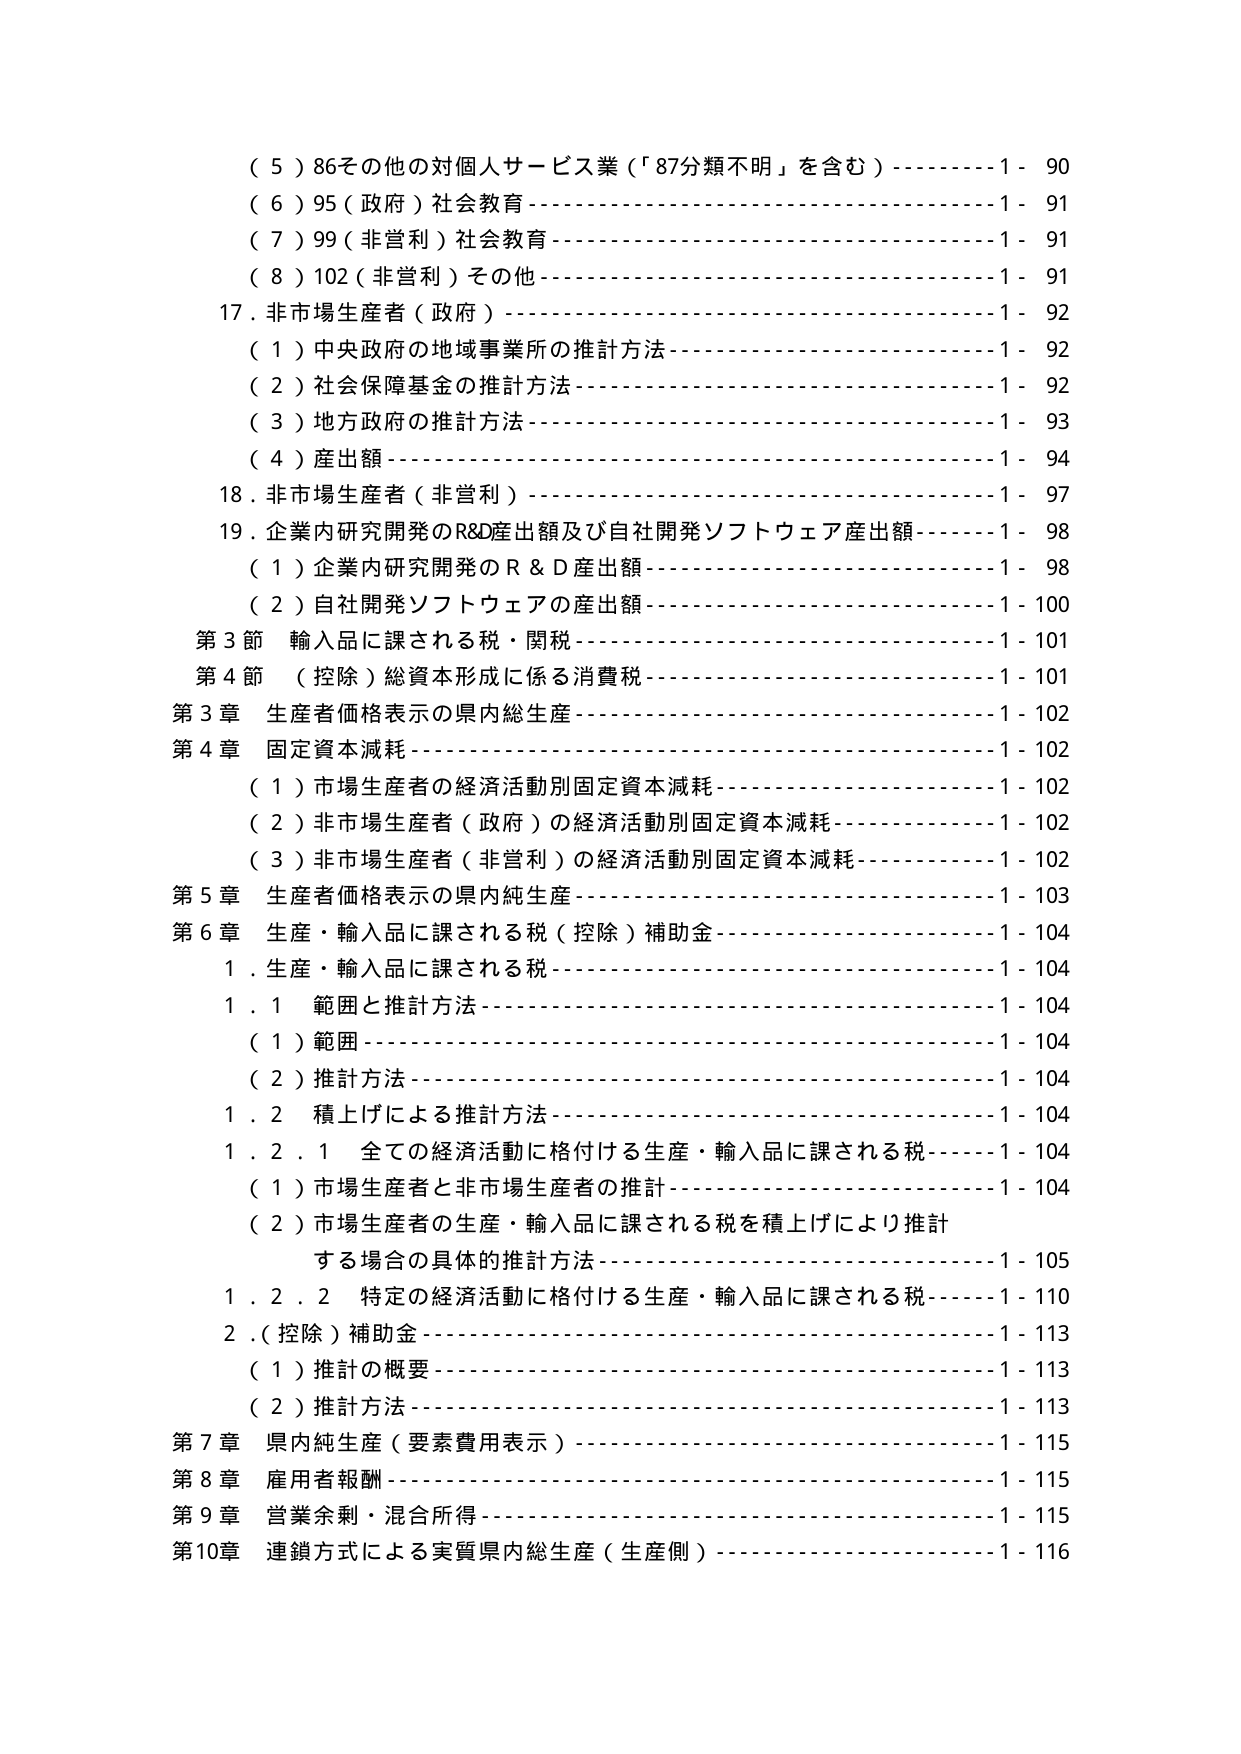
（５）86その他の対個人サービス業（「87分類不明」を含む）----------1- 90
（６）95（政府）社会教育------------------------------------------1- 91
（７）99（非営利）社会教育----------------------------------------1- 91
（８）102（非営利）その他-----------------------------------------1- 91
17．非市場生産者（政府）------------------------------------------1- 92
　（１）中央政府の地域事業所の推計方法-----------------------------1- 92
　（２）社会保障基金の推計方法-------------------------------------1- 92
　（３）地方政府の推計方法-----------------------------------------1- 93
　（４）産出額----------------------------------------------------1- 94
18．非市場生産者（非営利）----------------------------------------1- 97
19．企業内研究開発のR&D産出額及び自社開発ソフトウェア産出額------1- 98
　（１）企業内研究開発のＲ＆Ｄ産出額------------------------------1- 98
　（２）自社開発ソフトウェアの産出額------------------------------1-100
第３節　輸入品に課される税・関税----------------------------------1-101
第４節　（控除）総資本形成に係る消費税-----------------------------1-101
第３章　生産者価格表示の県内総生産---------------------------------1-102
第４章　固定資本減耗----------------------------------------------1-102
　（１）市場生産者の経済活動別固定資本減耗-------------------------1-102
　（２）非市場生産者（政府）の経済活動別固定資本減耗---------------1-102
　（３）非市場生産者（非営利）の経済活動別固定資本減耗-------------1-102
第５章　生産者価格表示の県内純生産---------------------------------1-103
第６章　生産・輸入品に課される税（控除）補助金---------------------1-104
　１．生産・輸入品に課される税------------------------------------1-104
　　１．１　範囲と推計方法----------------------------------------1-104
　　　（１）範囲--------------------------------------------------1-104
　　　（２）推計方法----------------------------------------------1-104
　　１．２　積上げによる推計方法----------------------------------1-104
　　　１．２．１　全ての経済活動に格付ける生産・輸入品に課される税--1-104
　　　　　（１）市場生産者と非市場生産者の推計------------------------1-104
　　　　　（２）市場生産者の生産・輸入品に課される税を積上げにより推計
　　　　　　　する場合の具体的推計方法-------------------------------1-105
　　　１．２．２　特定の経済活動に格付ける生産・輸入品に課される税--1-110
　　２．（控除）補助金---------------------------------------------1-113
　　　（１）推計の概要---------------------------------------------1-113
　　　（２）推計方法-----------------------------------------------1-113
第７章　県内純生産（要素費用表示）---------------------------------1-115
第８章　雇用者報酬-----------------------------------------------1-115
第９章　営業余剰・混合所得----------------------------------------1-115
第10章　連鎖方式による実質県内総生産（生産側）---------------------1-116